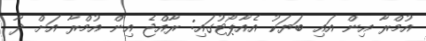
އުމްރާ އިން އައި ބަޔަކު އެއާޕޯޓުގައި: ރާއްޖެ އިން އުމްރާ އަށް ދާ